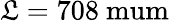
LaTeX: \mathfrak{L}=708\mathrm{{\ mum}}